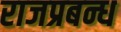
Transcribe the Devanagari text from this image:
राजप्रबन्ध